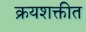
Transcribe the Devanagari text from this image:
क्रयशक्तीत